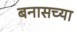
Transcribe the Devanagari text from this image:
बनासच्या